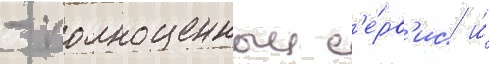
- полноценныи с'е́рв'ис и́